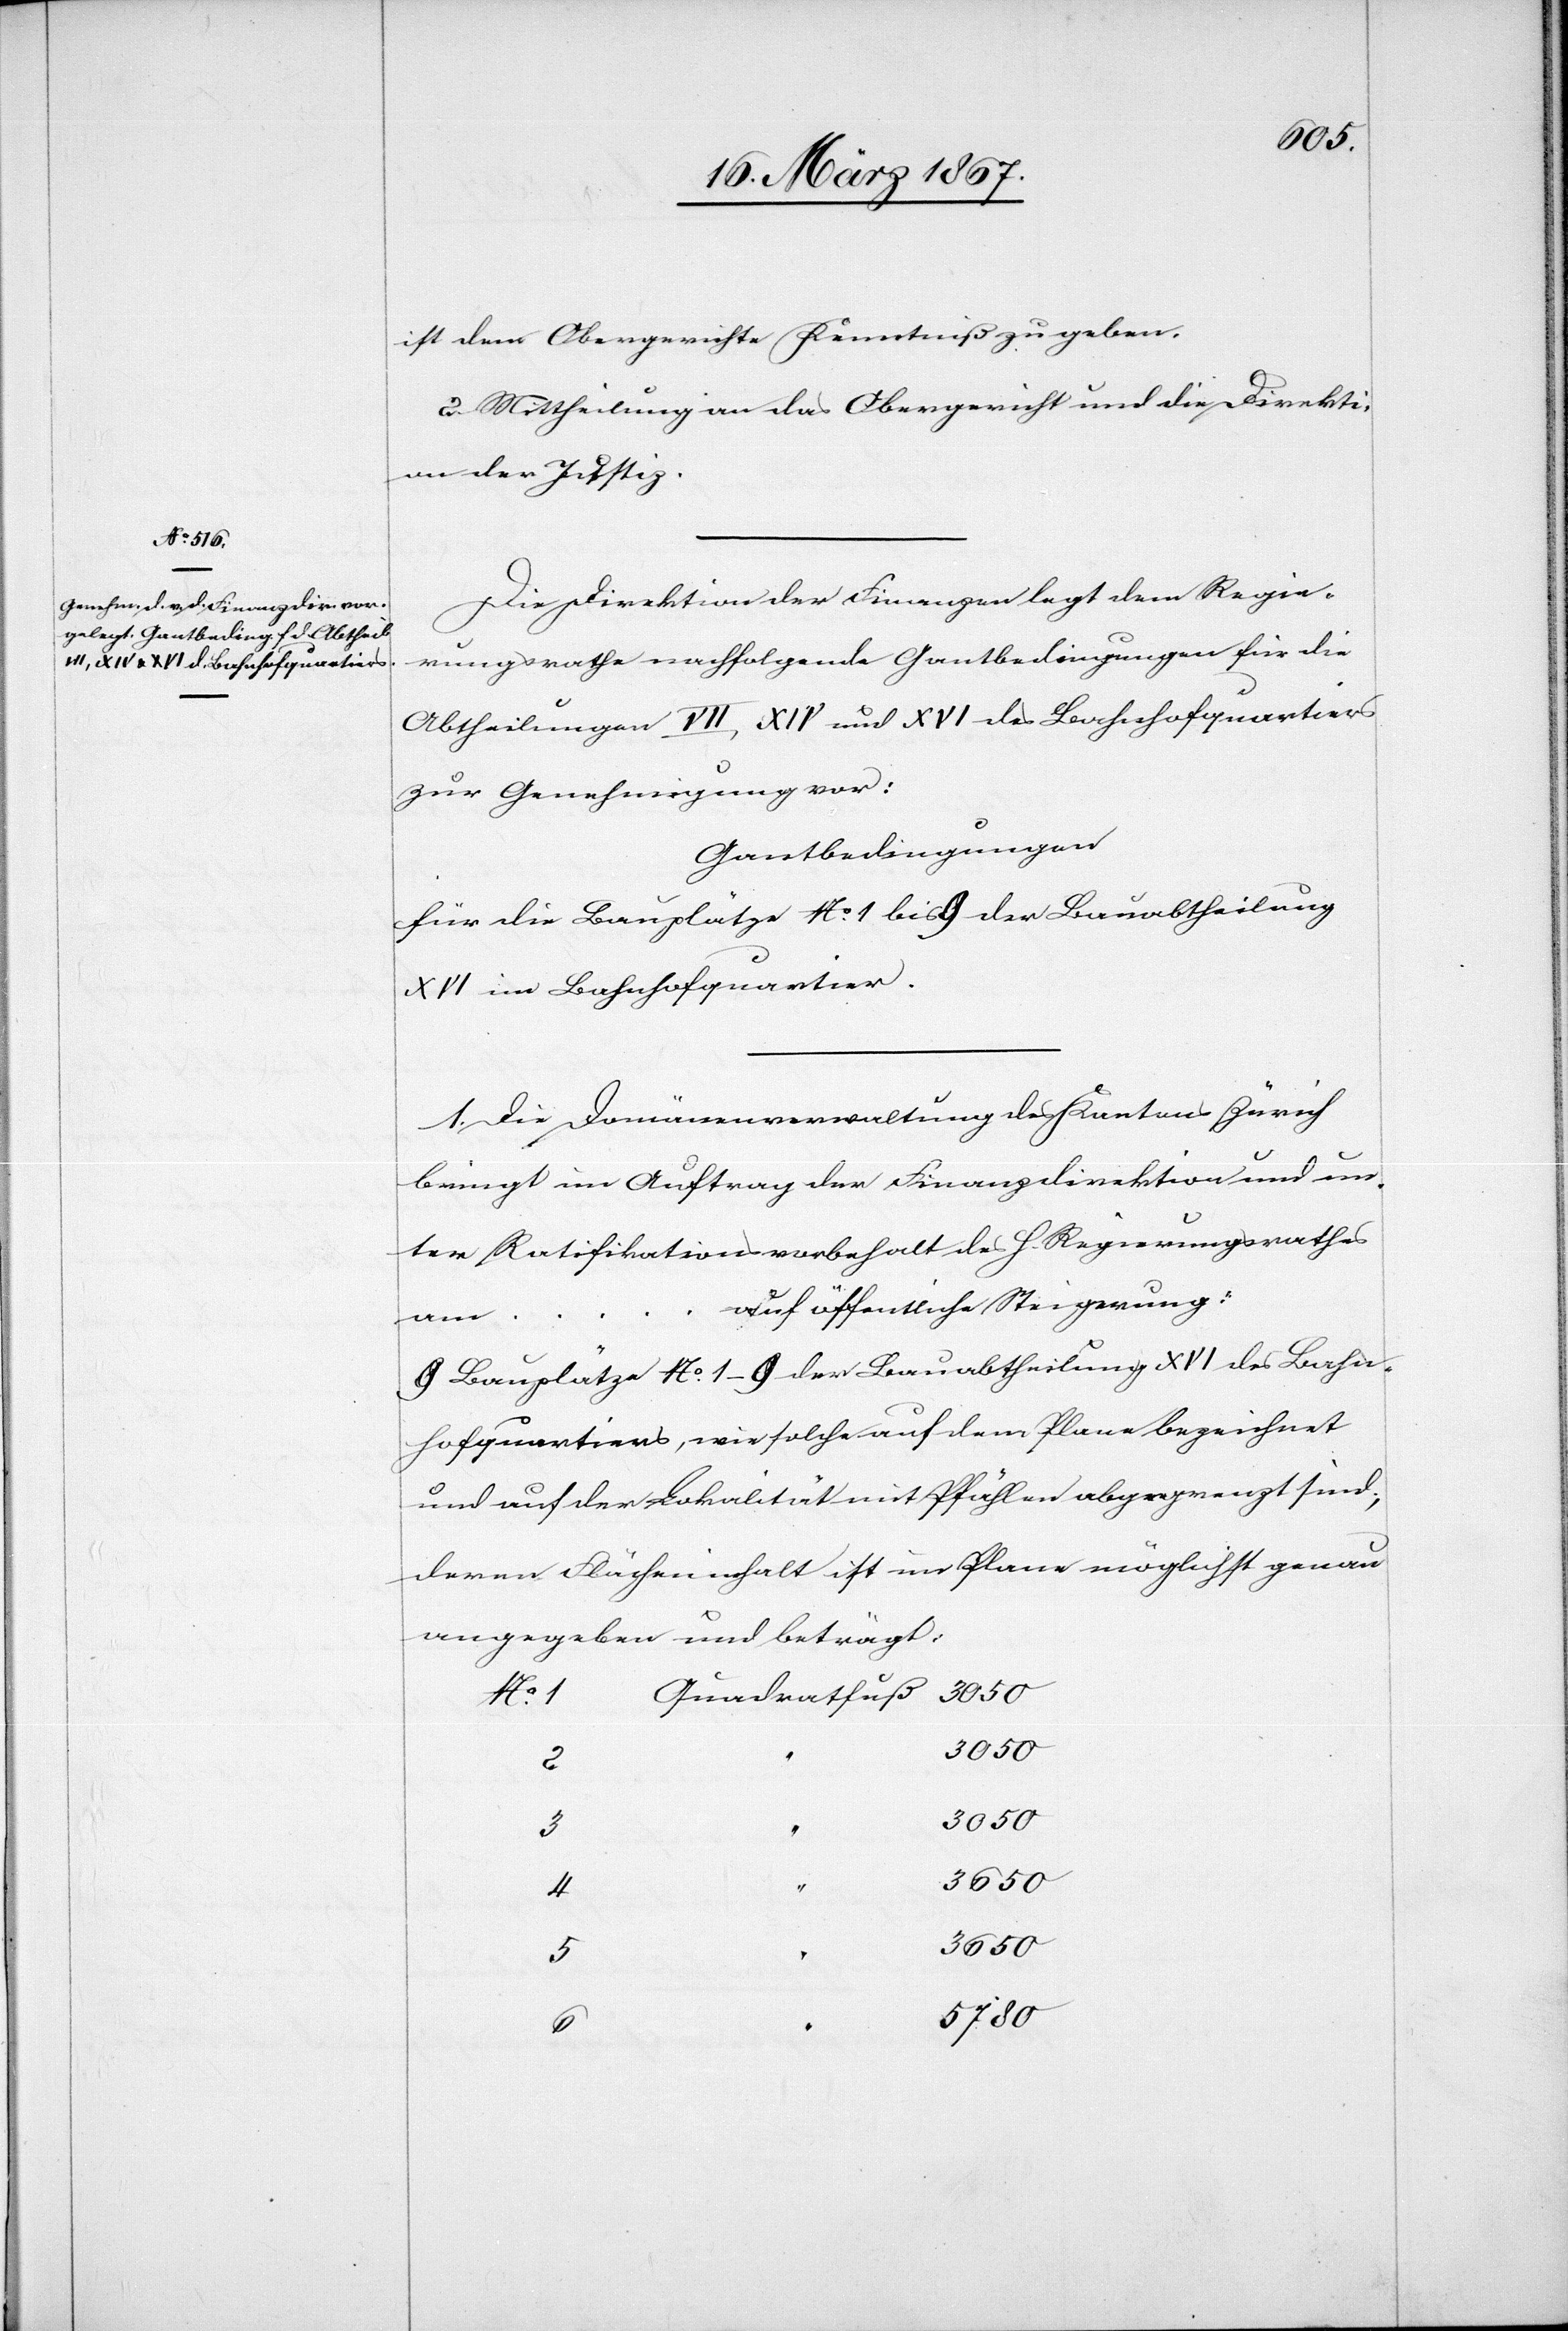
No.
ist dem Obergerichte Kenntniß zu geben.
2. Mittheilung an das Obergericht und die Direkti¬
on der Justiz.
Die Direktion der Finanzen legt dem Regie¬
rungsrathe nachfolgende Gantbedingungen für die
Abtheilungen VII, XIV und XVI des Bahnhofquartiers
zur Genehmigung vor:
Gantbedingungen
für die Bauplätze No. 1 bis 9 der Bauabtheilung
XVI im Bahnhofquartier.
1. Die Domänenverwaltung des Kantons Zürich
bringt im Auftrag der Finanzdirektion und un¬
ter Ratifikationsvorbehalt des h. Regierungsrathes
auf öffentliche Steigerung:
am …
9 Bauplätze No. 1–9 der Bauabtheilung XVI des Bahn¬
hofquartiers, wie solche auf dem Plane bezeichnet
und auf der Lokalität mit Pfählen abgegrenzt sind;
deren Flächeninhalt ist im Plane möglichst genau
angegeben und beträgt:
3050
3
3050
3650
5
3650
5780